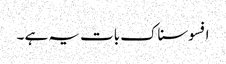
افسوسناک بات یہ ہے ۔